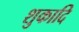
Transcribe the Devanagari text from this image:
शुकादि